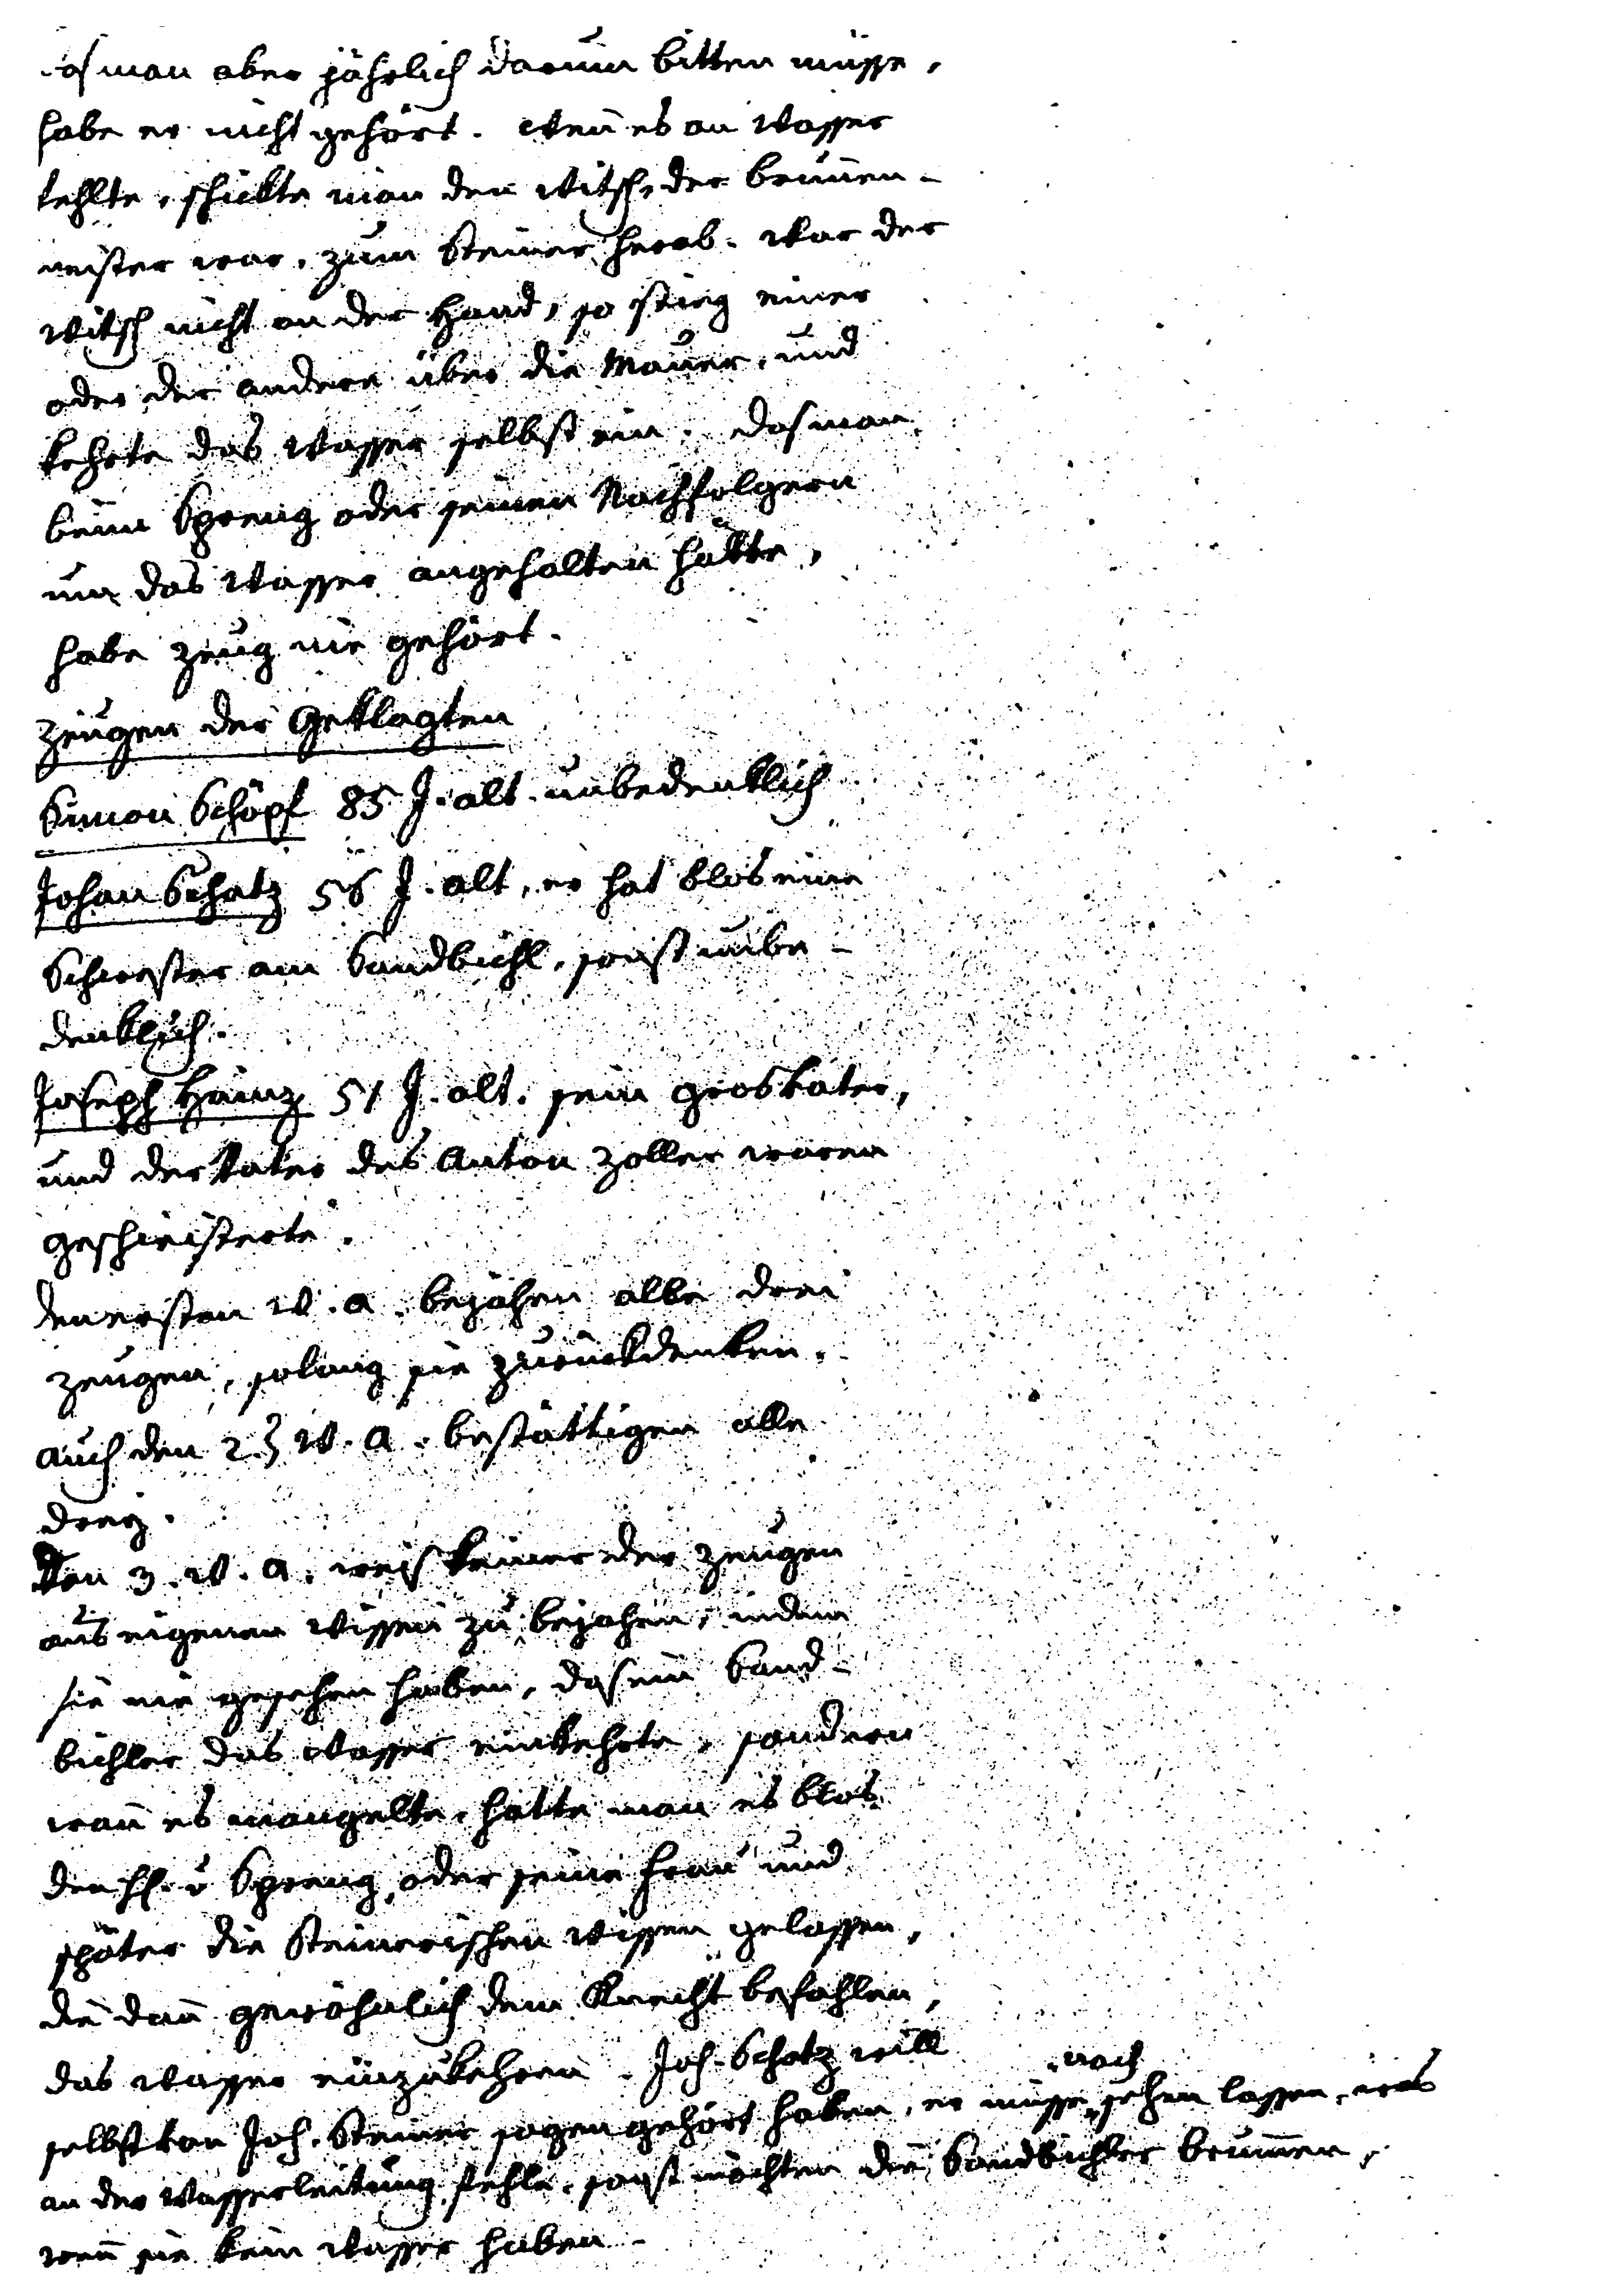
Daß man aber jährlich darum bitten müsse,
habe er nicht gehört. Wenn es an Wasser
fehlte, schickte man den Witsch, der Brunnen¬
meister war, zum Steiner herab. War der
Witsch nicht an der Hand, so stieg einer
oder der andere über die Mauer, und
kehrte das Wasser selbst ein. Daß man
beim Spreng oder seinen Nachfolgern
um das Wasser angehalten hätte,
habe Zeug nur gehört.
Zeugen der Geklagten
Simon Schöpf 85 J. alt, unbedenklich
Johan Schatz 56 J. alt, er hat blos eine
Schwester am Sandbichl, sonst unbe¬
denklich.
Joseph Hainz 51 J. alt. sein Grosvater,
und der Vater des Anton Zoller waren
Geschwisterte.
den ersten w. a. bejahen alle drei
Zeugen, solang sie zurückdenken.
Auch den 2. t w. a. bestättigen alle
drey.
Von 3. w. a. weiß keiner der Zeugen
aus eigenem Wissen zu bejahen, indem
sie nur gesehen haben, daß ein Sand¬
bichler das Wasser einkehrte, sondern
wann es mangelte, hatte man es blos
den H v. Spreng, oder seiner Frau und
später die Steinerischen Wissen gelassen,
die dann gewöhnlich dem Knecht befahlen,
das Wasser einzukehren. Jos. Schatz will
selbst von Joh. Steiner sagen gehört haben, es müsse nach sehen lassen, was
an der Wasserleitung fehle, sonst möchten die Sandbichler Brunnen,
wenn sie kein Wasser haben.